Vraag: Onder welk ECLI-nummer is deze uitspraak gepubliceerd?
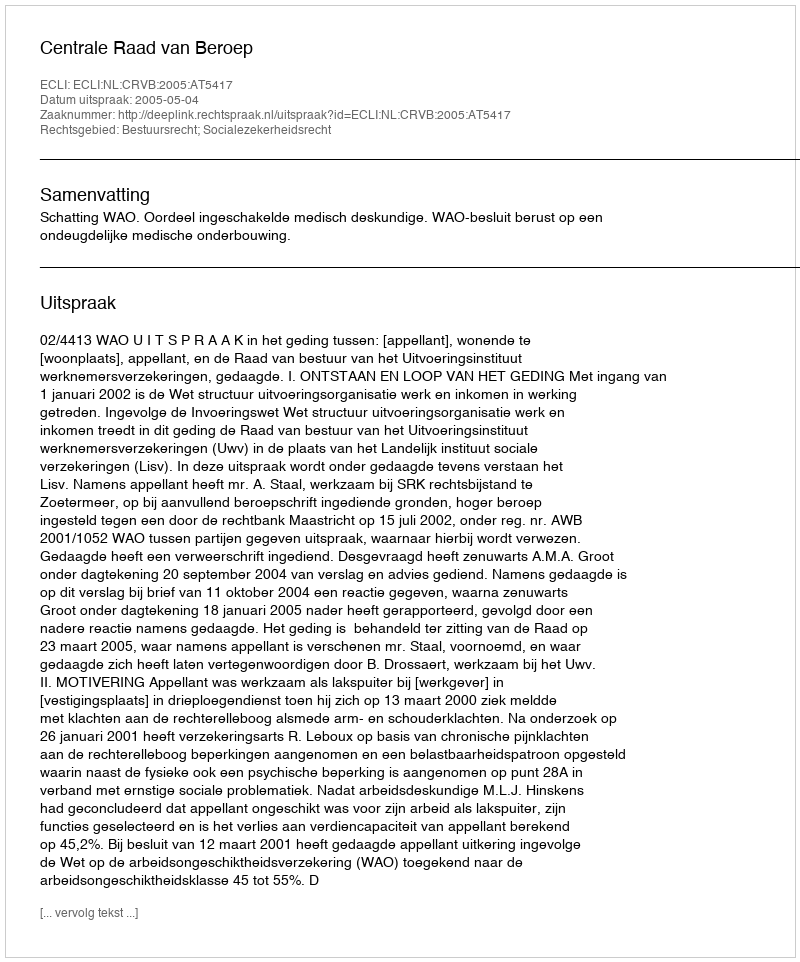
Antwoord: ECLI:NL:CRVB:2005:AT5417